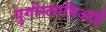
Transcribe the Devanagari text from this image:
युगोस्लाविआई